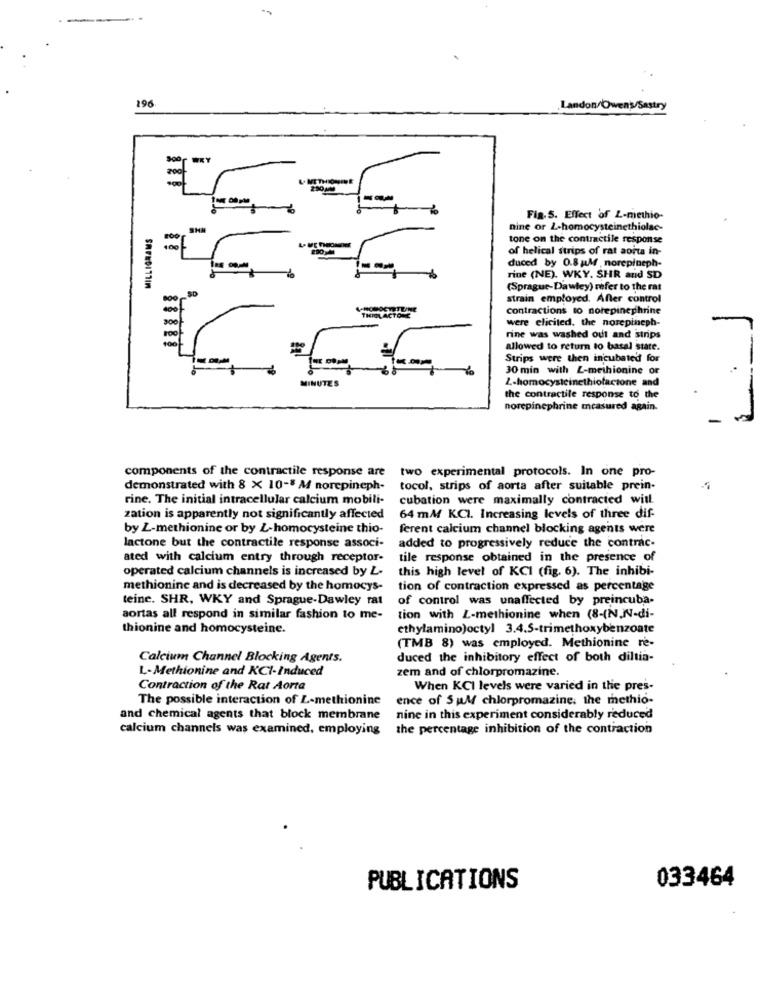
-
-
196
Landon/Owen's/Sastry
Scor WRY
-
Fig.5. Effect of L-methio-
MILLIGRAMS
SHA
nine or L-homocysteinethiolac-
tone on the contractile response
of helical strips of rat aorta in-
duced by 0.8 M , norepineph-
rine (NE). WKY. SHR and SD
(Sprague-Dawley) refer to the rat
strain employed. After control
THIN ACTONE
contractions to notepinephrine
were elicited. the norepineph-
rine was washed out and strips
allowed to return to basal state.
Strips were then incubated for
%
30 min with L-methionine or
MINUTES
L-homocysteinethiolaczone and
the contractile response to the
norepinephrine measured again.
components of the contractile response are
two experimental protocols. In one pro-
demonstrated with 8 x 10-8 M norepineph-
tocol, strips of aorta after suitable prein-
rine. The initial intracellular calcium mobili-
cubation were maximally contracted with.
zation is apparently not significantly affected
64 mM KCI. Increasing levels of three dif-
by Z-methionine or by L-homocysteine thio-
ferent calcium channel blocking agents were
lactone but the contractile response associ-
added to progressively reduce the contrac-
ated with calcium entry through receptor-
tile response obtained in the presence of
operated calcium channels is increased by L-
this high level of KCI (fig. 6). The inhibi-
methionine and is decreased by the homocys-
tion of contraction expressed as percentage
teine. SHR, WKY and Sprague-Dawley rat
of control was unaffected by preincuba-
aortas all respond in similar fashion to me-
tion with L-methionine when (8-(N,N-di-
thionine and homocysteine.
ethylamino)octyl 3.4.5-trimethoxybenzoate
(TMB 8) was employed. Methionine re-
Calcium Channel Blocking Agents.
duced the inhibitory effect of both diltia-
L-Methionine and KCI-Induced
zem and of chlorpromazine.
Contraction of the Rat Aorta
When KCI levels were varied in the pres-
The possible interaction of L-methionine
ence of Sul chlorpromazine, the methio-
and chemical agents that block membrane
nine in this experiment considerably reduced
calcium channels was examined, employing the percentage inhibition of the contraction
033464
PUBLICATIONS